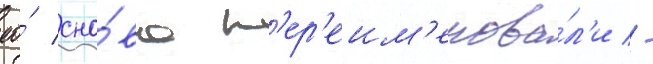
ео́ сно́ва п'ер'еим'енова́л'и -